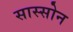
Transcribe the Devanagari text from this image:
सास्सोन